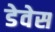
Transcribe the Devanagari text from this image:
डेवेस